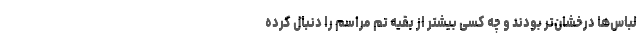
لباس‌ها درخشان‌تر بودند و چه کسی بیشتر از بقیه تم مراسم را دنبال کرده